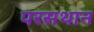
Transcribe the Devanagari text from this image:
परसथान